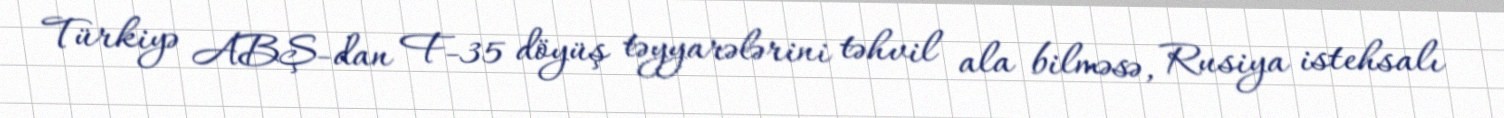
Türkiyə ABŞ-dan F-35 döyüş təyyarələrini təhvil ala bilməsə, Rusiya istehsalı